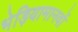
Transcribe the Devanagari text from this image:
भेड़ियामानवों